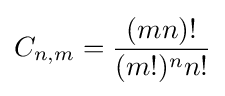
C_{n,m}={\frac {(mn)!}{(m!)^{n}n!}}